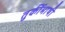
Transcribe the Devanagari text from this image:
तुर्कीभाषी